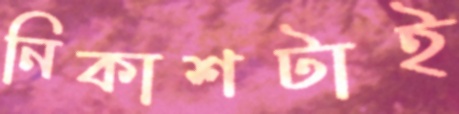
নিকাশটাই